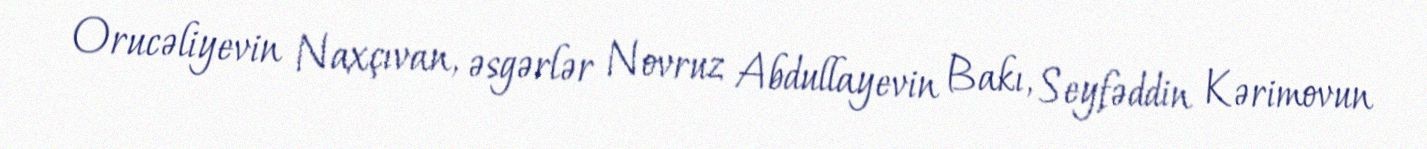
Orucəliyevin Naxçıvan, əsgərlər Novruz Abdullayevin Bakı, Seyfəddin Kərimovun